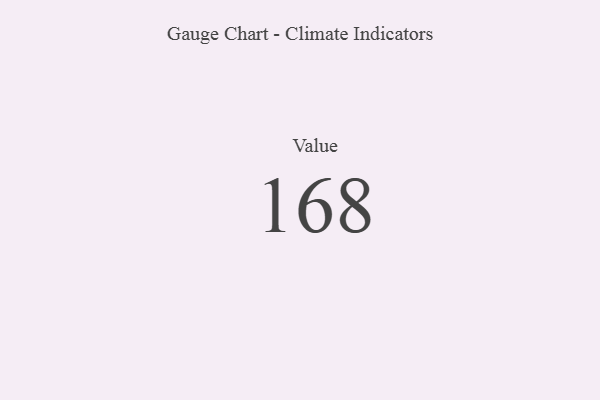
{"axis": {"x": "Metric", "y": "Value"}, "legend": [""], "data": [{"x": "Value", "y": 168, "type": ""}]}